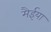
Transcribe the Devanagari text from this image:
मैईया